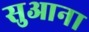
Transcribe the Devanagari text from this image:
सुआना